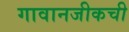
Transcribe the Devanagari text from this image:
गावानजीकची